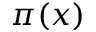
\pi ( x )